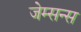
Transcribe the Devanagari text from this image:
जेम्सन्स